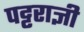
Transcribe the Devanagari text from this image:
पट्टराज्ञी